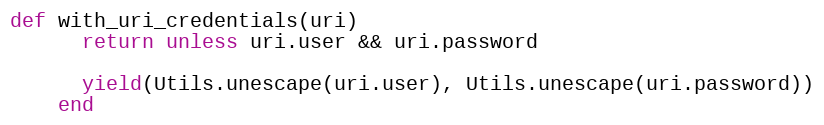
Language: Ruby
def with_uri_credentials(uri)
      return unless uri.user && uri.password

      yield(Utils.unescape(uri.user), Utils.unescape(uri.password))
    end